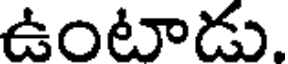
ఉంటాడు.